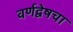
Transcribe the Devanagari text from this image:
वर्णद्वेषचा